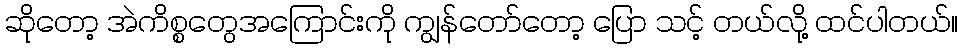
ဆိုတော့ အဲကိစ္စတွေအကြောင်းကို ကျွန်တော်တော့ ပြော သင့် တယ်လို့ ထင်ပါတယ်။